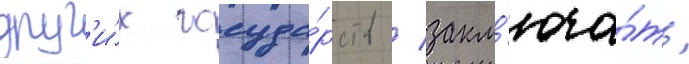
друг'и́х госуда́рств / закл'юча́ть